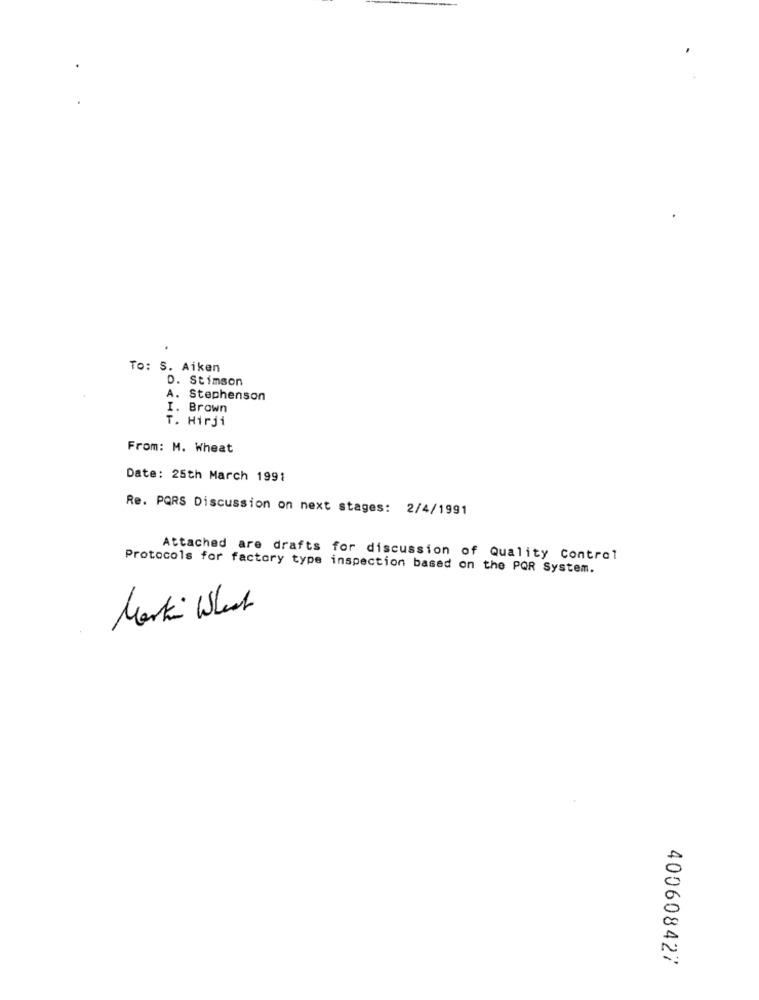
To: S. Aiken
D. Stimson
A. Stephenson
I. Brown
T. Hirji
From: M. Wheat
Date: 25th March 1991
Re. PQRS Discussion on next stages: 2/4/1991
Attached are drafts for discussion of Quality Control
Protocols for factory type inspection based on the PQR System.
Mark What
20
A
400608427